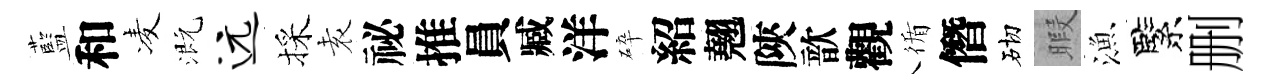
藍和凌溉远採𡊮祕推員臧洋碎紹翹陝歆觀循僭砌暇漁緊删